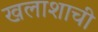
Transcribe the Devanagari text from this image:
खलाशाची